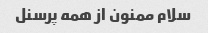
سلام ممنون از همه پرسنل